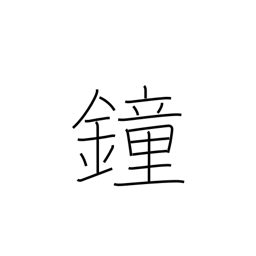
Meaning: gong